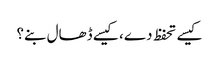
کیسے تحفظ دے، کیسے ڈھال بنے؟